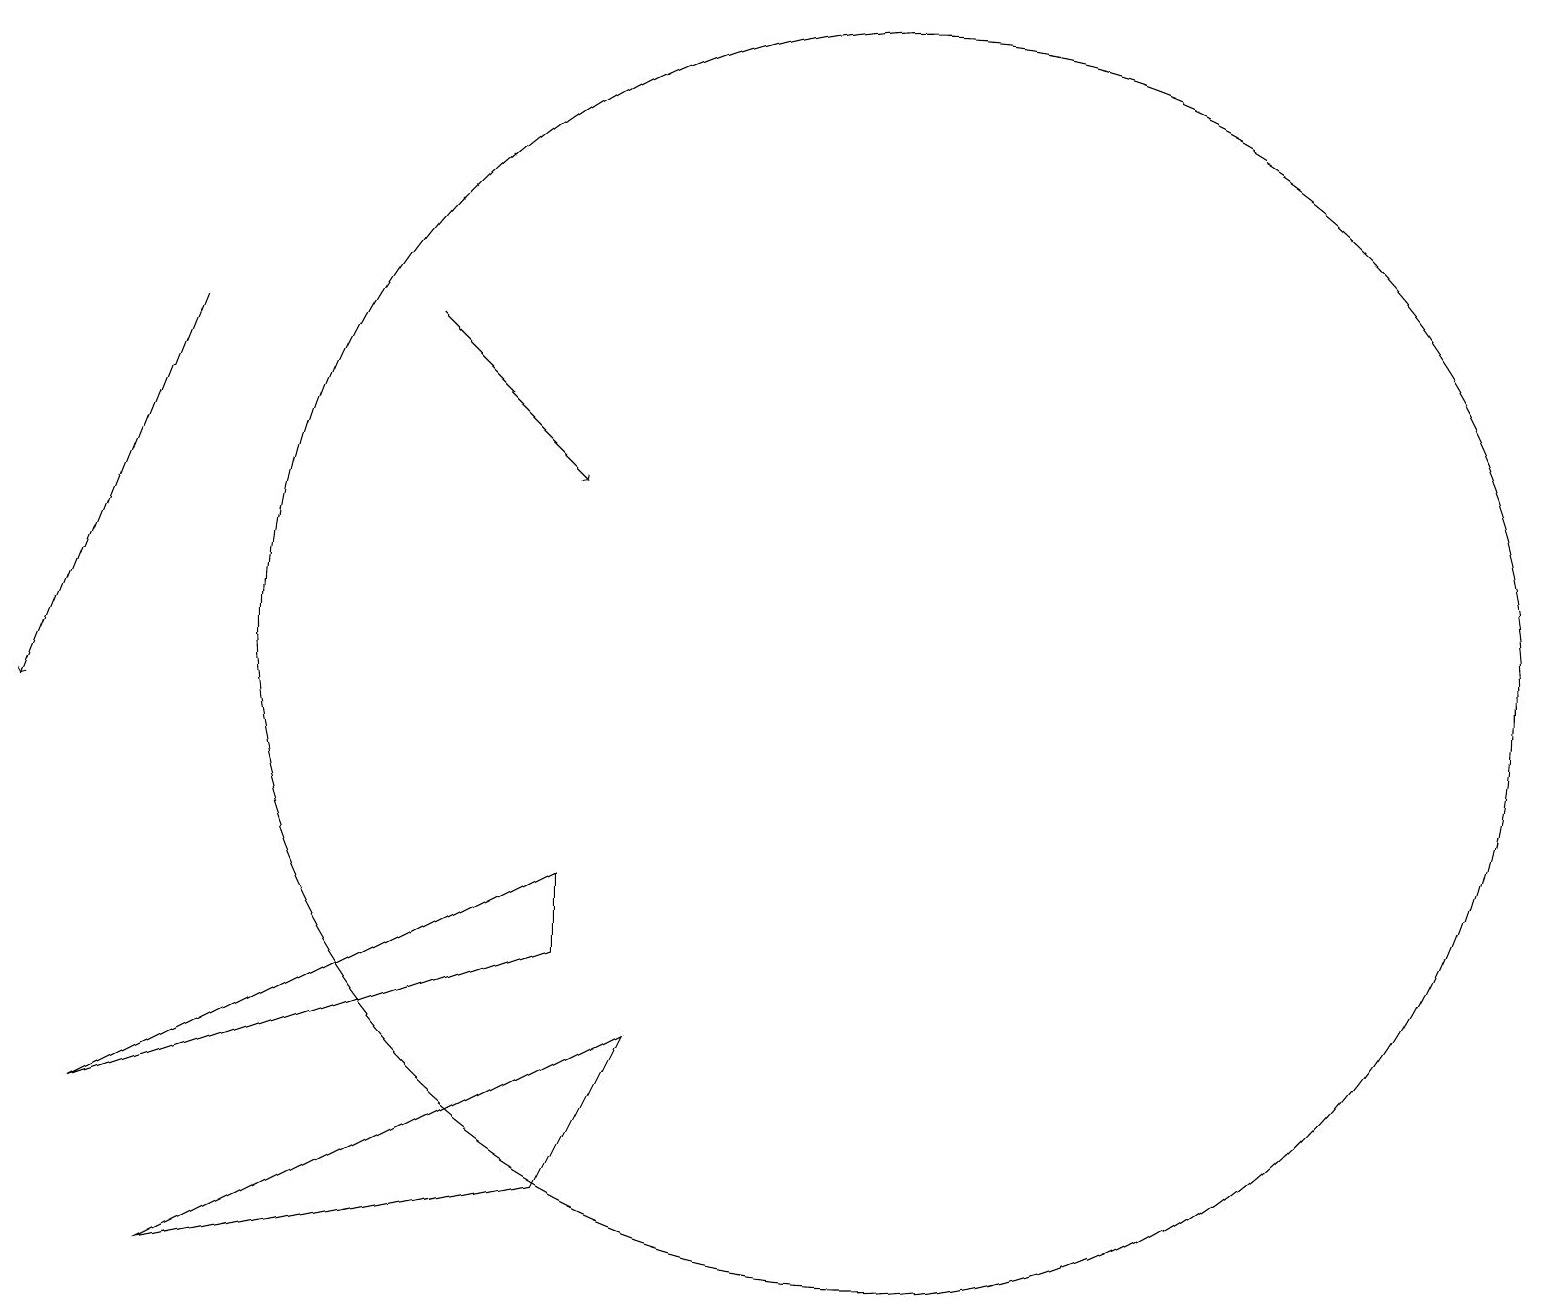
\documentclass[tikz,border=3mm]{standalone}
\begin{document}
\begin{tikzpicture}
\draw (7,8) -- (7,7) -- (1,5) -- cycle;
\draw (7,4) -- (8,6) -- (2,3) -- cycle;
\draw[->] (5,15) -- (7,13);
\draw (11,11) circle (8);
\draw[->] (2,15) -- (0,10);
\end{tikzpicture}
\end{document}